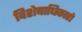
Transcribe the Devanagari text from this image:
विशेषाधिकारो